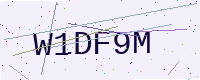
Text: W1DF9M